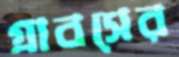
গ্রাবসের